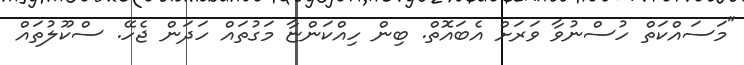
"މަސައްކަތް ހުސްނުވާ ވަރަށް އެބައޮތް. ބިން ހިއްކަންޏާ މަގުތައް ހަދަން ޖެހޭ. ސްކޫލުތައް